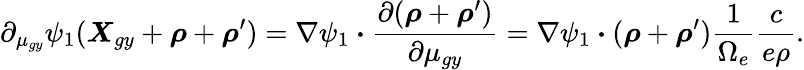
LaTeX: \partial_{\mu_{gy}}\psi_{1}(\boldsymbol{\mathit{X}}_{gy}+\boldsymbol{\rho}+\boldsymbol{\rho}^{\prime})=\nabla\psi_{1}\boldsymbol{\cdot}\frac{{\partial(\boldsymbol{\rho}+\boldsymbol{\rho}^{\prime})}}{{\partial\mu_{gy}}}=\nabla\psi_{1}\boldsymbol{\cdot}(\boldsymbol{\rho}+\boldsymbol{\rho}^{\prime})\frac{{1}}{{\Omega_{e}}}\frac{{c}}{{e\rho}}.